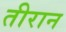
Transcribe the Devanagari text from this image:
तीरान